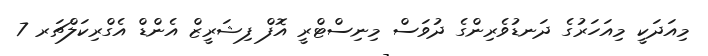
މިއަދަކީ މިއަހަރުގެ ދަނޑުވެރިންގެ ދުވަސް މިނިސްޓްރީ އޮފް ފިޝަރީޒް އެންޑް އެގްރިކަލްޗަރ 7